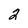
Character: 2